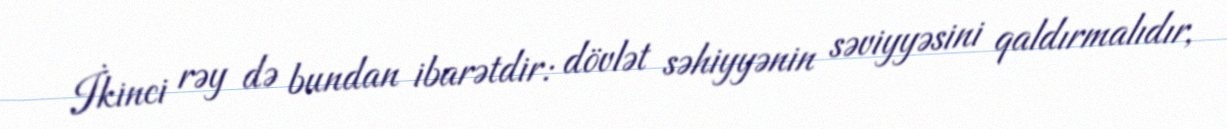
İkinci rəy də bundan ibarətdir: dövlət səhiyyənin səviyyəsini qaldırmalıdır,